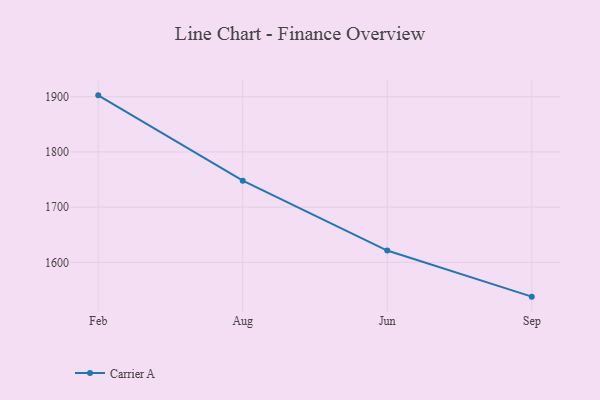
{"axis": {"x": "Month", "y": "Tickets Resolved"}, "legend": ["Carrier A"], "data": [{"x": "Feb", "y": 1902.5, "type": "Carrier A"}, {"x": "Aug", "y": 1748.0, "type": "Carrier A"}, {"x": "Jun", "y": 1621.3, "type": "Carrier A"}, {"x": "Sep", "y": 1537.8, "type": "Carrier A"}]}